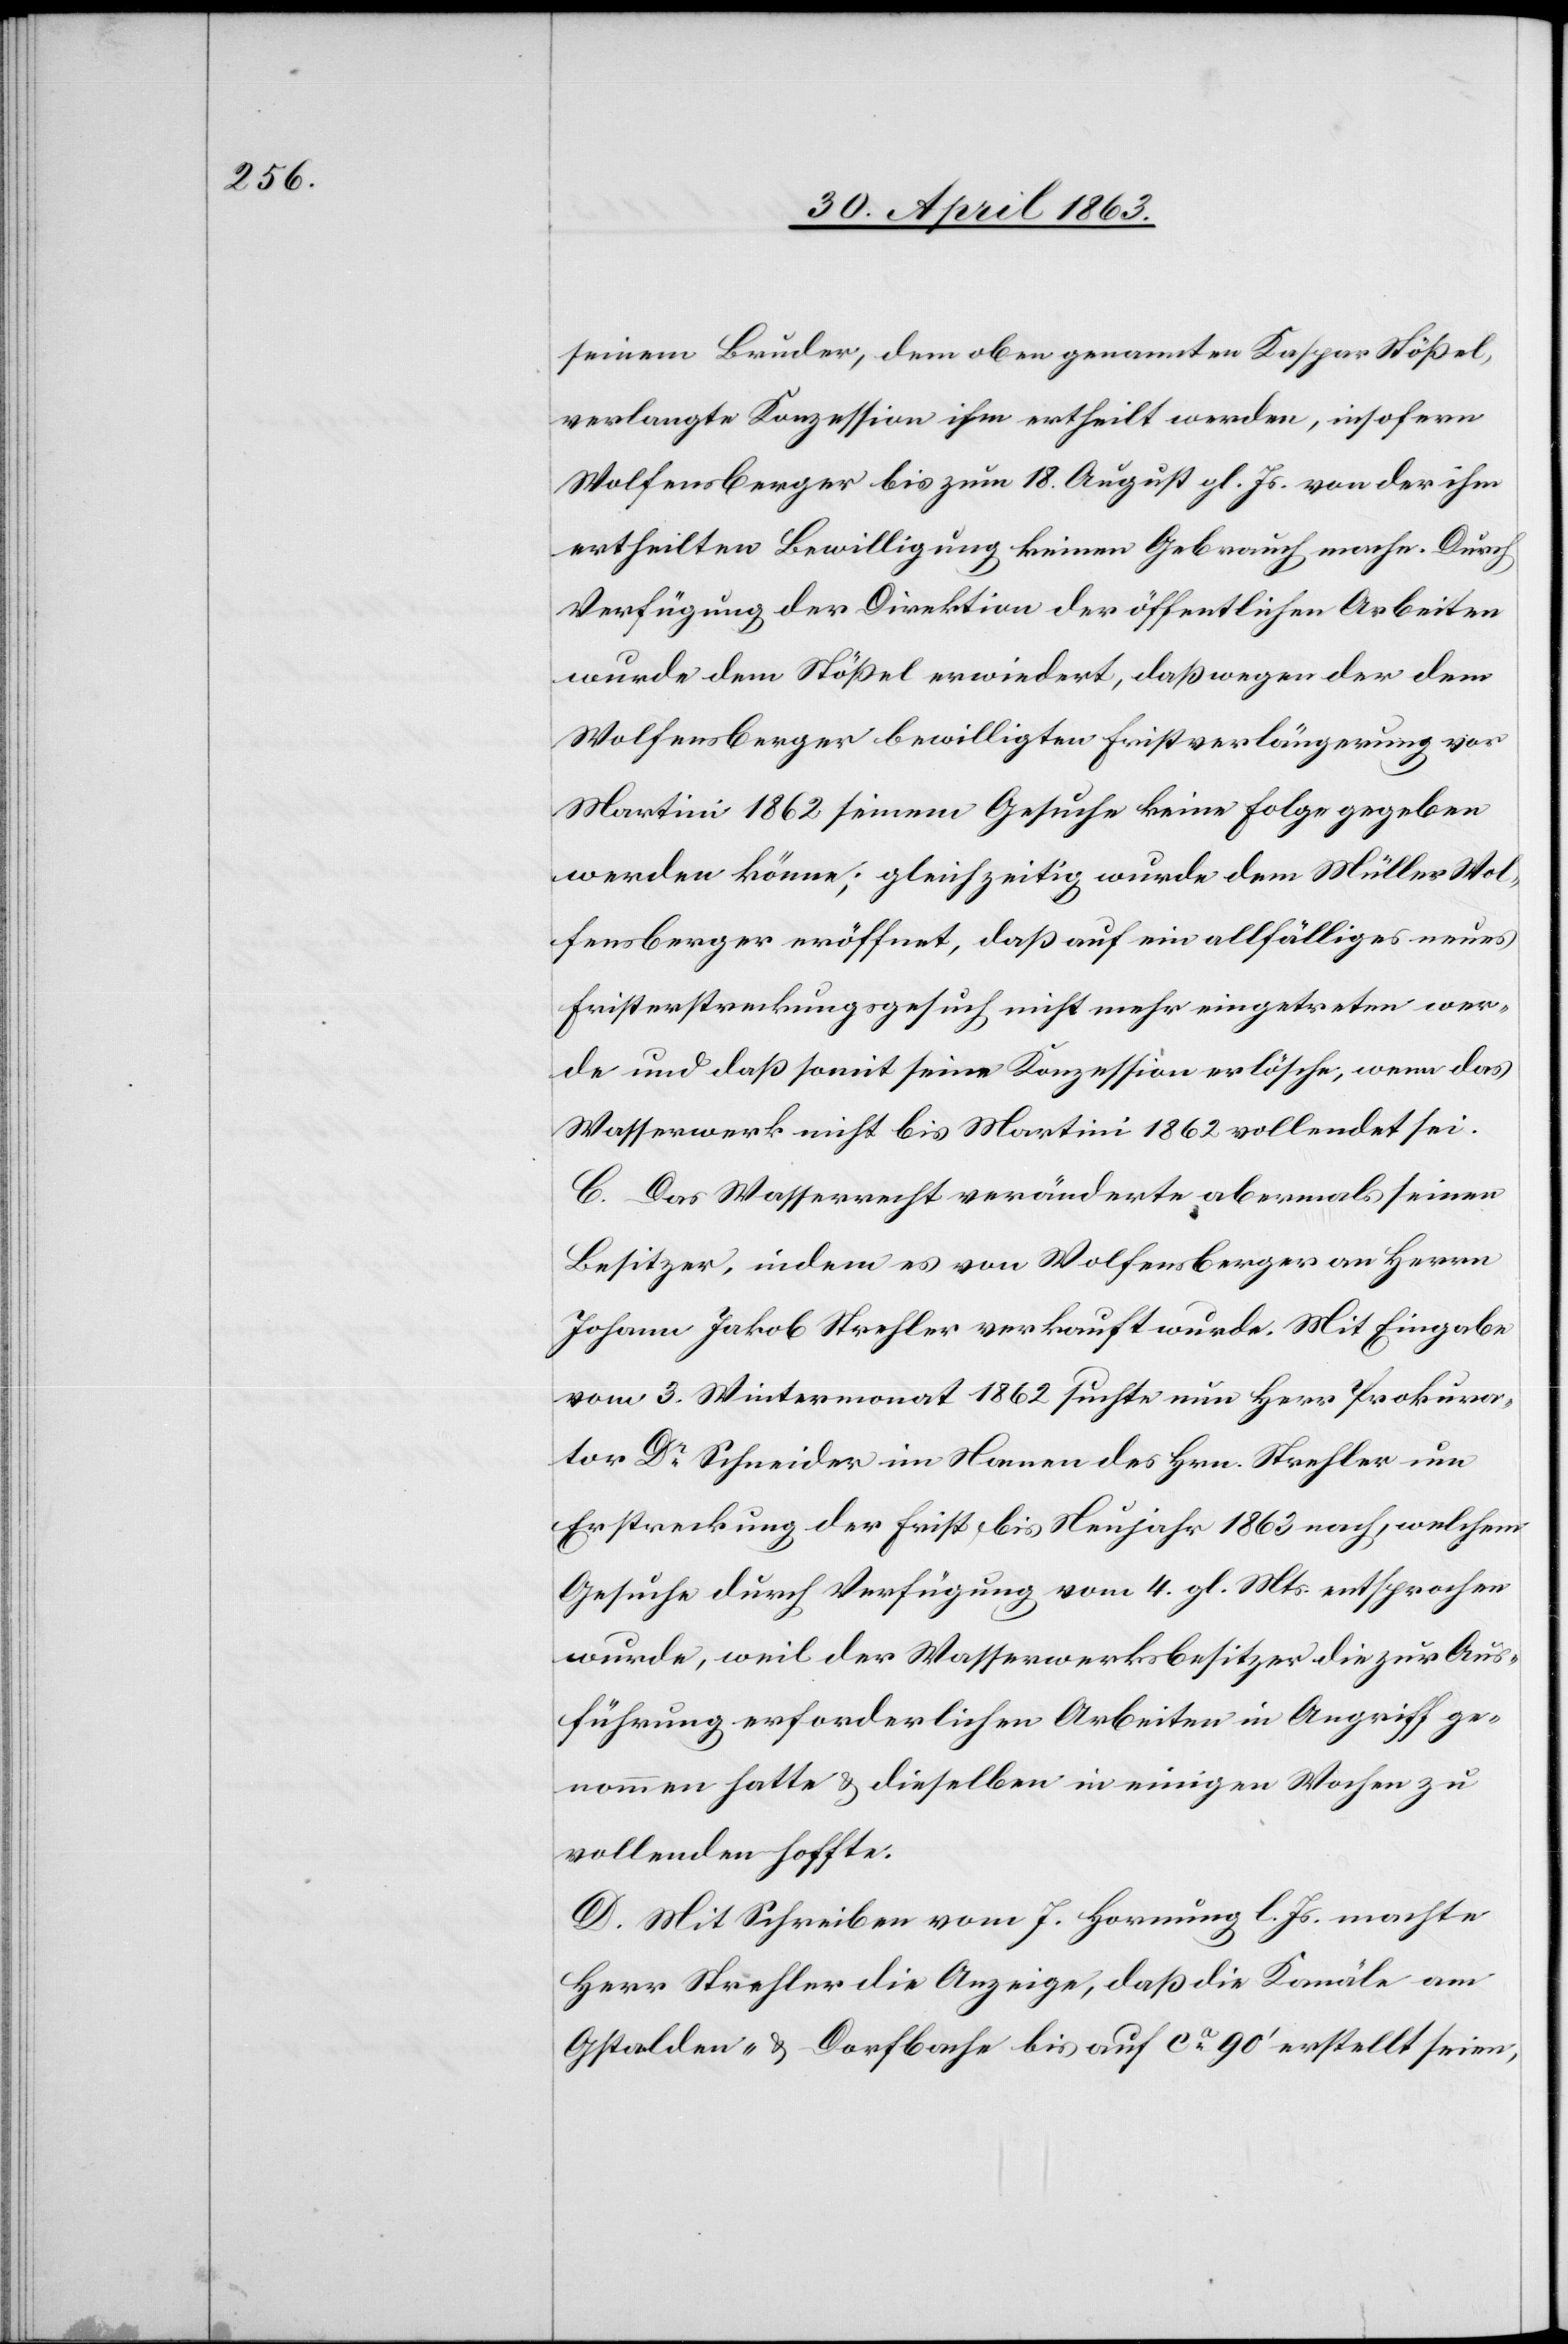
seinem Bruder, dem oben genannten Kaspar Stößel,
verlangte Konzession ihm ertheilt werden, insofern
Wolfensberger bis zum 18. August gl. Js. von der ihm
ertheilten Bewilligung keinen Gebrauch mache. Durch
Verfügung der Direktion der öffentlichen Arbeiten
wurde dem Stößel erwiedert, daß wegen der dem
Wolfensberger bewilligten Fristverlängerung vor
Martini 1862 seinem Gesuche keine Folge gegeben
werden könne; gleichzeitig wurde dem Müller Wol¬
fensberger eröffnet, daß auf ein allfälliges neues
Fristerstreckungsgesuch nicht mehr eingetreten wer¬
de und daß somit seine Konzession erlösche, wenn das
Wasserwerk nicht bis Martini 1862 vollendet sei.
C. Das Wasserrecht veränderte abermals seinen
Besitzer, indem es von Wolfensberger an Herrn
Johann Jakob Strehler verkauft wurde. Mit Eingabe
vom 3. Wintermonat 1862 suchte nun Herr Prokura¬
tor Dr Schneider im Namen des Hrn. Strehler um
Erstreckung der Frist bis Neujahr 1863 nach, welchem
Gesuche durch Verfügung vom 4. gl. Mts. entsprochen
wurde, weil der Wasserwerksbesitzer die zur Aus¬
führung erforderlichen Arbeiten in Angriff ge¬
nommen hatte & dieselben in einigen Wochen zu
vollenden hoffte.
D. Mit Schreiben vom 7. Hornung l. Js. machte
Herr Strehler die Anzeige, daß die Kanäle am
Gstalden- & Dorfbache bis auf ca 90' erstellt seien,